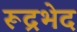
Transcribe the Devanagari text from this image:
रूद्रभेद